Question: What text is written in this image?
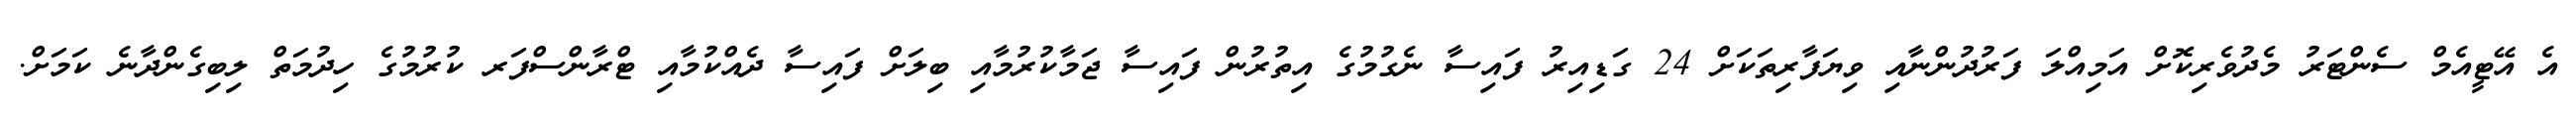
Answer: އެ އޭޓީއެމް ސެންޓަރު މެދުވެރިކޮށް އަމިއްލަ ފަރުދުންނާއި ވިޔަފާރިތަކަށް 24 ގަޑިއިރު ފައިސާ ނެގުމުގެ އިތުރުން ފައިސާ ޖަމާކުރުމާއި ބިލަށް ފައިސާ ދެއްކުމާއި ޓްރާންސްފަރ ކުރުމުގެ ހިދުމަތް ލިބިގެންދާނެ ކަމަށް.